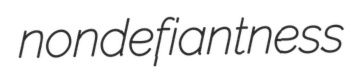
nondefiantness